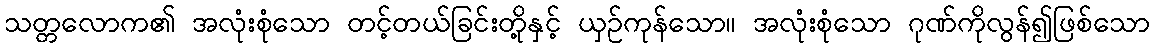
သတ္တလောက၏ အလုံးစုံသော တင့်တယ်ခြင်းတို့နှင့် ယှဉ်ကုန်သော။ အလုံးစုံသော ဂုဏ်ကိုလွန်၍ဖြစ်သော